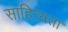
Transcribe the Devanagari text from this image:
साहित्यता